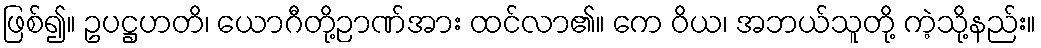
ဖြစ်၍။ ဥပဋ္ဌဟတိ၊ ယောဂီတို့ဉာဏ်အား ထင်လာ၏။ ကေ ဝိယ၊ အဘယ်သူတို့ ကဲ့သို့နည်း။